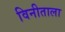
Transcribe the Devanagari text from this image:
विनीताला